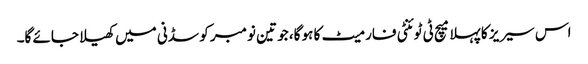
اس سیریز کا پہلا میچ ٹی ٹوئنٹی فارمیٹ کا ہو گا، جو تین نومبر کو سڈنی میں کھیلا جائے گا۔